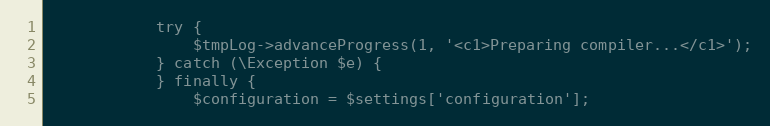
Language: PHP
            try {
                $tmpLog->advanceProgress(1, '<c1>Preparing compiler...</c1>');
            } catch (\Exception $e) {
            } finally {
                $configuration = $settings['configuration'];